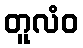
တူလံဝ